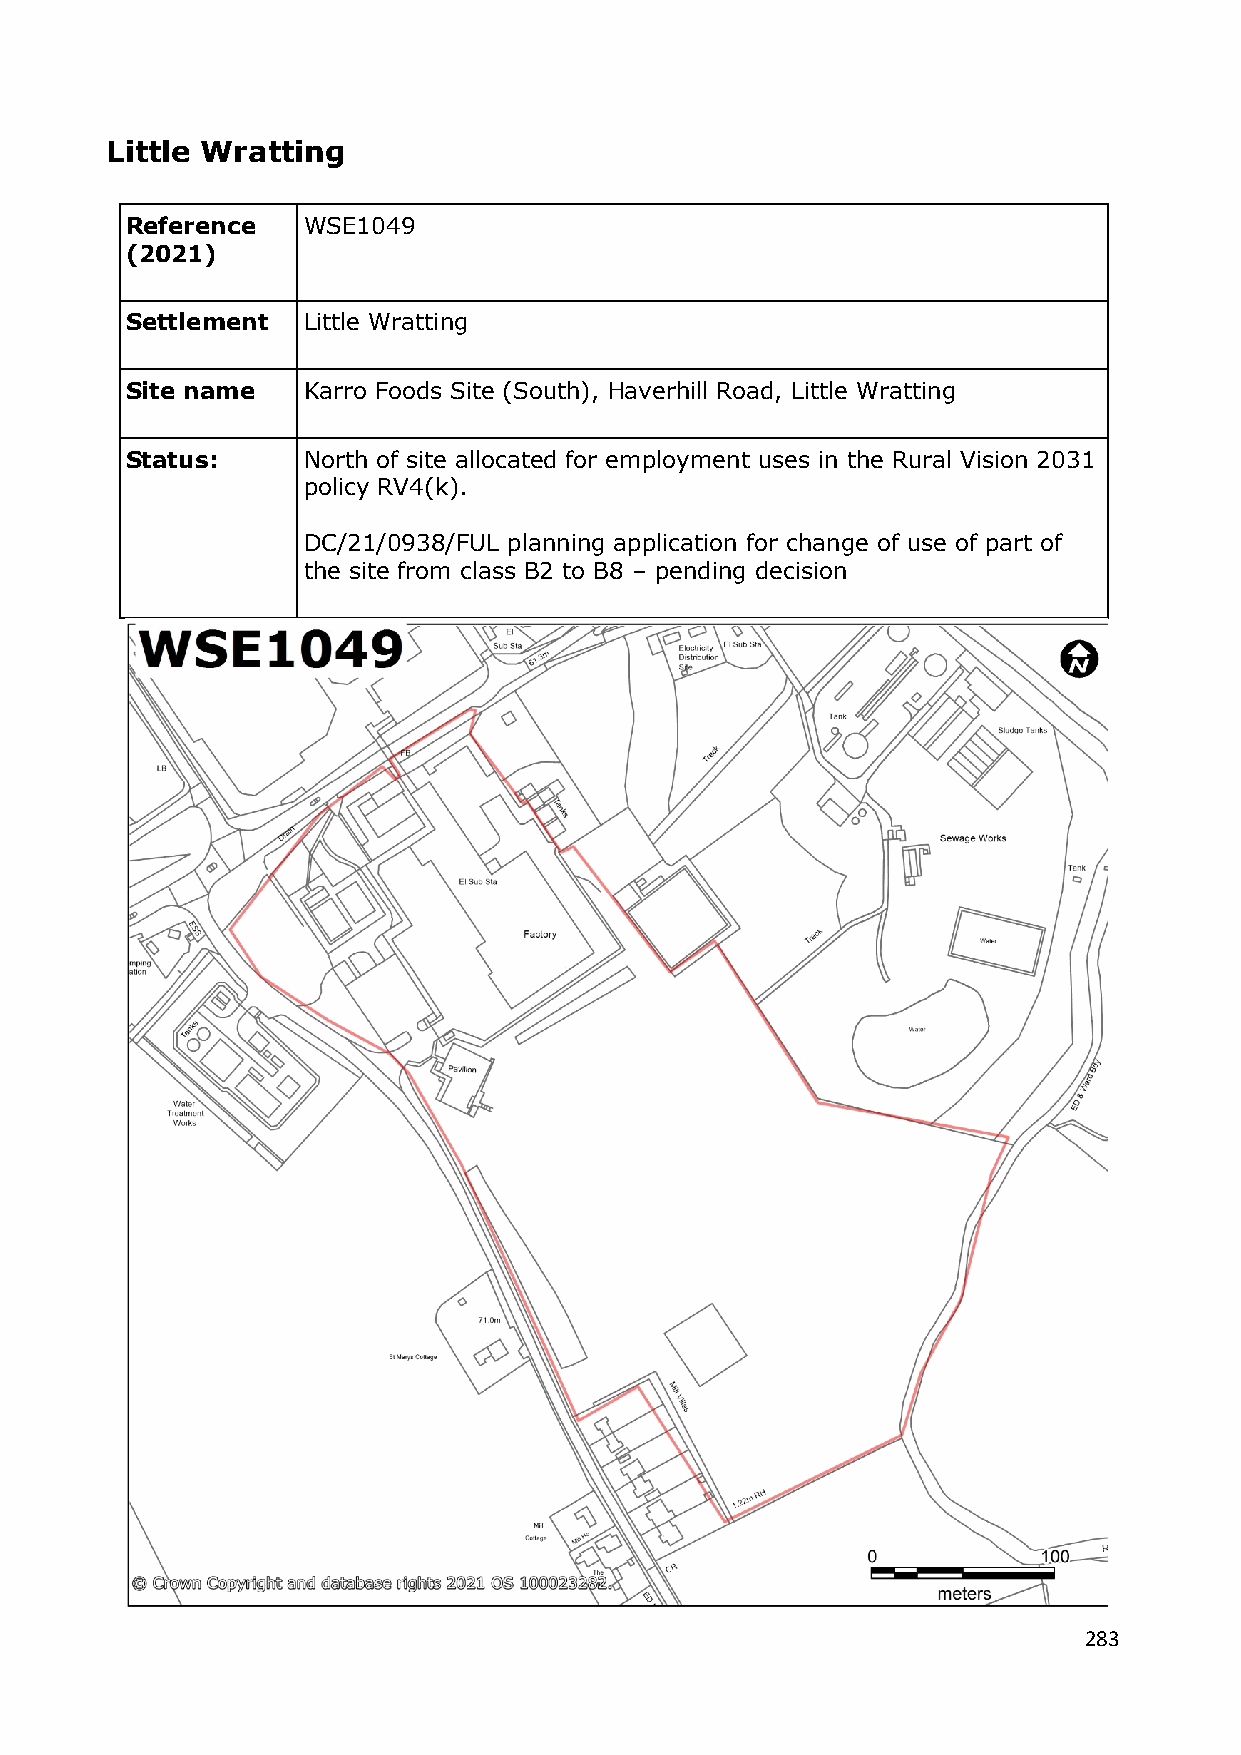
Little Wratting
 Reference   WSE1049
 (2021)
 Settlement  Little Wratting
 Site name   Karro Foods Site (South), Haverhill Road, Little Wratting
 Status:     North of site allocated for employment uses in the Rural Vision 2031
 policy RV4(k).
 DC/21/0938/FUL planning application for change of use of part of
 the site from class B2 to B8 – pending decision
 283